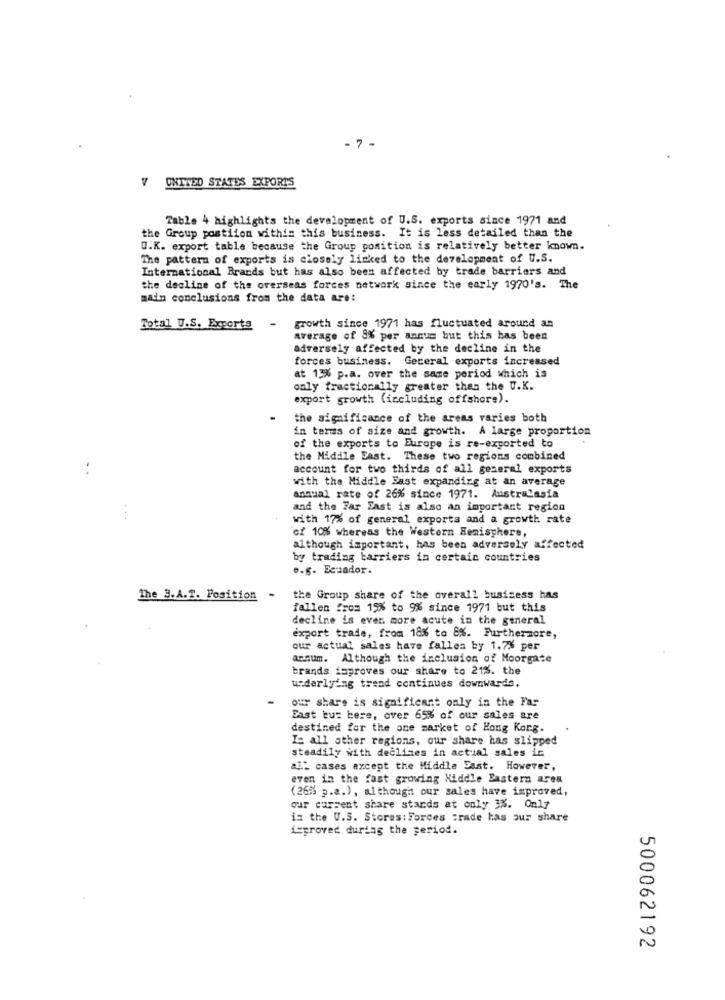
- 7 -
V UNITED STATES EXPORTS
Table 4 highlights the development of U.S. exports since 1971 and
the Group postiion within this business. It is less detailed than the
O.K. export table because the Group position is relatively better known.
The pattern of exports is closely linked to the development of U.S.
International Brands but has also been affected by trade barriers and
the decline of the overseas forces network since the early 1970's. The
main conclusions from the data are:
Total U.S. Exports
growth since 1971 has fluctuated around an
average of 9% per annum but this has been
adversely affected by the decline in the
forces business. Geceral exports increased
at 13% p.a. over the same period which is
only fractionally greater than the U.K.
export growth (including offshore).
the significance of the areas varies both
in terms of size and growth. A large proportion
of the exports to Europe is re-exported to
the Middle East. These two regions combined
account for two thirds of all general exports
with the Middle East expanding at an average
annual rate of 26% since 1971. Australasia
and the Far Fast is also an important region
...
with 17% of general exports and a growth rate
of 10% whereas the Western Hemisphere,
although important, has been adversely affected
by trading barriers in certain countries
... Ecuador.
The 3.A.T. Position -
the Group share of the overall business has
fallen From 15% to 9% since 1971 but this
decline is ever more acute in the general
export trade, from 18% to 8%. Furthermore,
our actual sales have fallen by 1.7% per
annum. Although the inclusion of Moorgate
brands isproves our share to 21%. the
underlying trend continues downwards.
our share is significant only in the Far
East bus bere, over 65% of our sales are
destined for the one market of Hong Korg.
Is all other regions, our share has slipped
steadily with declines in actual sales in
ai.2 cases except the Middle East. However,
even in the fast growing Middle Eastern area
(26% p.a.) , although our sales have improved,
our current share stands at only 3%. Only
is the U.S. Stores: Forces :rade has our share
isproved during the period.
500062192